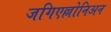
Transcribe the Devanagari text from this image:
जगिएल्लोनिअन